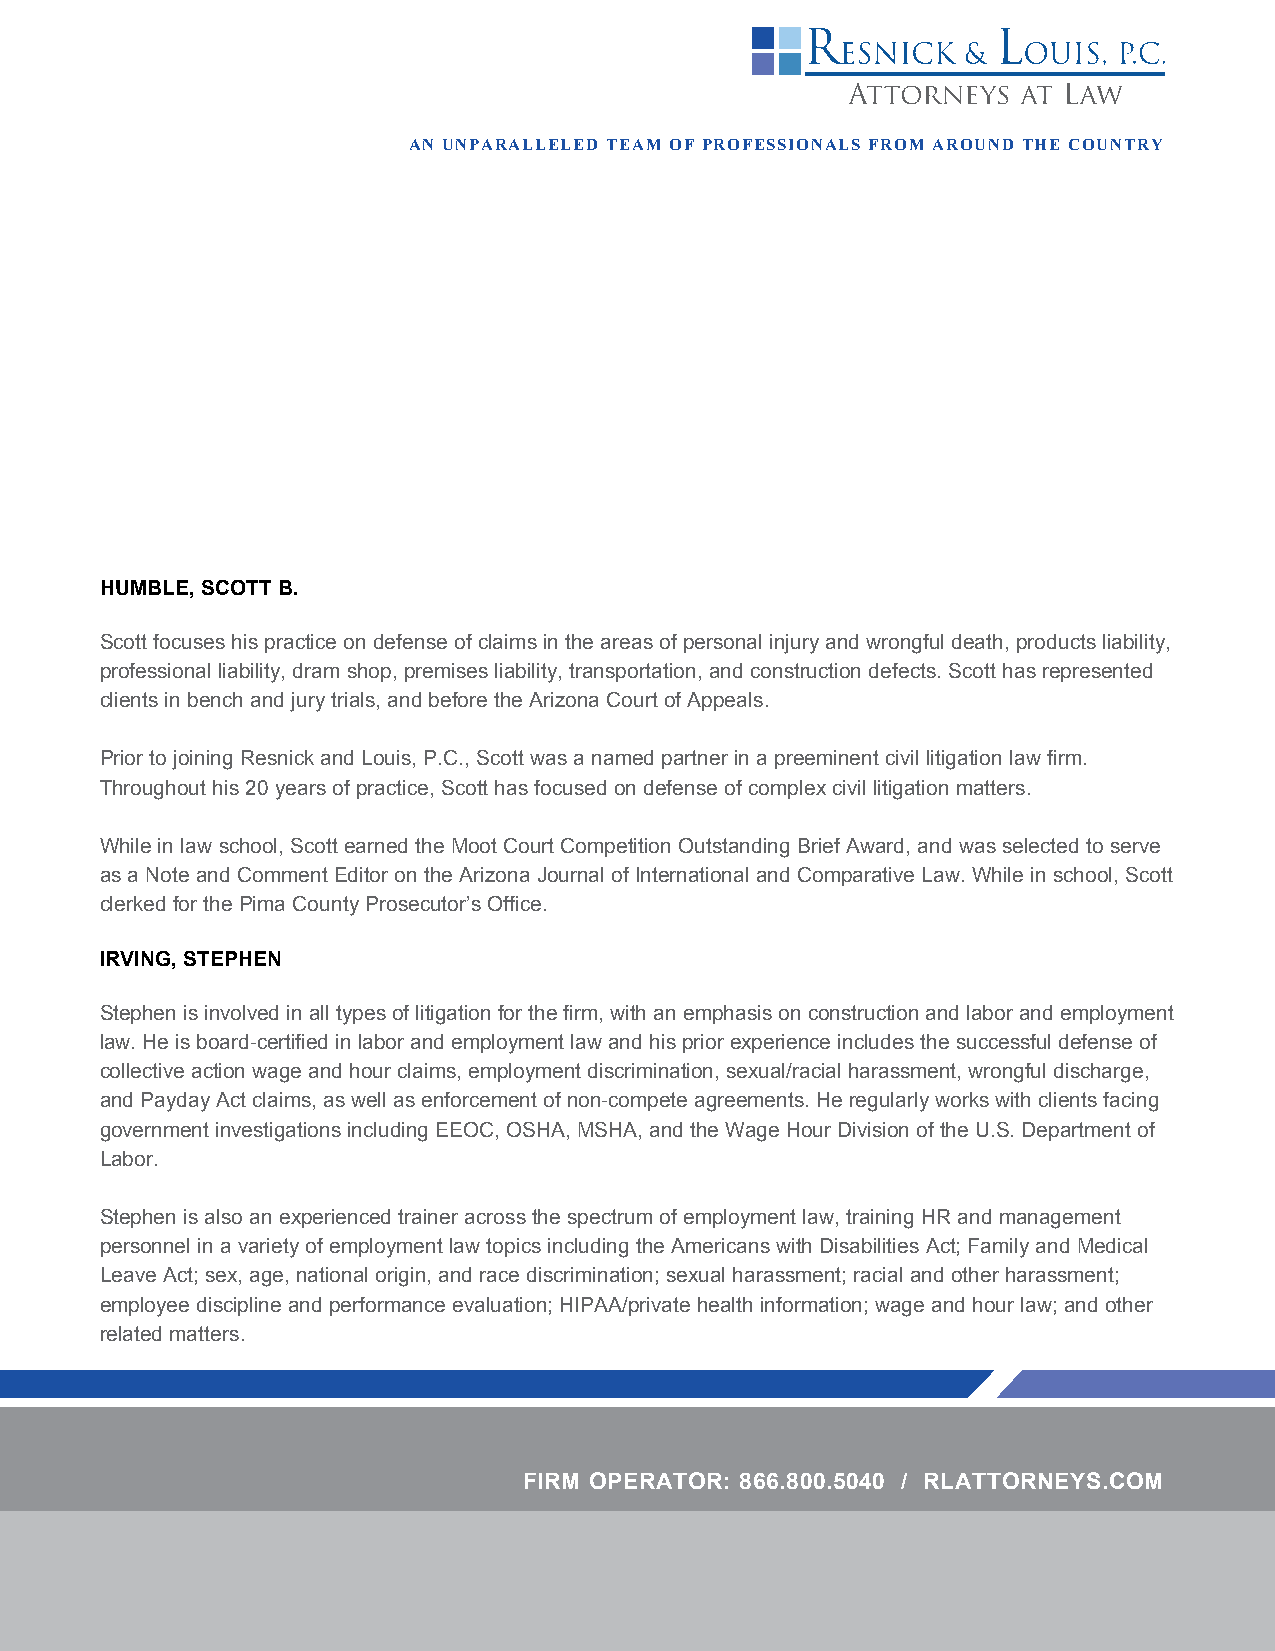
AN UNPARALLELED TEAM OF PROFESSIONALS FROM AROUND THE COUNTRY
 HUMBLE, SCOTT B.
 Scott focuses his practice on defense of claims in the areas of personal injury and wrongful death, products liability,
 professional liability, dram shop, premises liability, transportation, and construction defects. Scott has represented
 clients in bench and jury trials, and before the Arizona Court of Appeals.
 Prior to joining Resnick and Louis, P.C., Scott was a named partner in a preeminent civil litigation law firm.
 Throughout his 20 years of practice, Scott has focused on defense of complex civil litigation matters.
 While in law school, Scott earned the Moot Court Competition Outstanding Brief Award, and was selected to serve
 as a Note and Comment Editor on the Arizona Journal of International and Comparative Law. While in school, Scott
 clerked for the Pima County Prosecutor’s Office.
 IRVING, STEPHEN
 Stephen is involved in all types of litigation for the firm, with an emphasis on construction and labor and employment
 law. He is board-certified in labor and employment law and his prior experience includes the successful defense of
 collective action wage and hour claims, employment discrimination, sexual/racial harassment, wrongful discharge,
 and Payday Act claims, as well as enforcement of non-compete agreements. He regularly works with clients facing
 government investigations including EEOC, OSHA, MSHA, and the Wage Hour Division of the U.S. Department of
 Labor.
 Stephen is also an experienced trainer across the spectrum of employment law, training HR and management
 personnel in a variety of employment law topics including the Americans with Disabilities Act; Family and Medical
 Leave Act; sex, age, national origin, and race discrimination; sexual harassment; racial and other harassment;
 employee discipline and performance evaluation; HIPAA/private health information; wage and hour law; and other
 related matters.
 FIRM OPERATOR: 866.800.5040 / RLATTORNEYS.COM